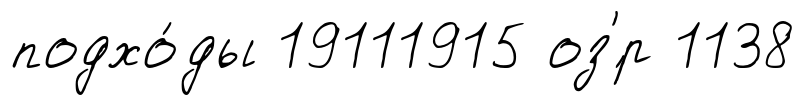
подхо́ды 19111915 оз'́р 1138